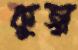
কুজ্ঝ